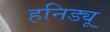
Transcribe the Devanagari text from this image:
हनिड्यू